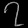
Digit: ၇